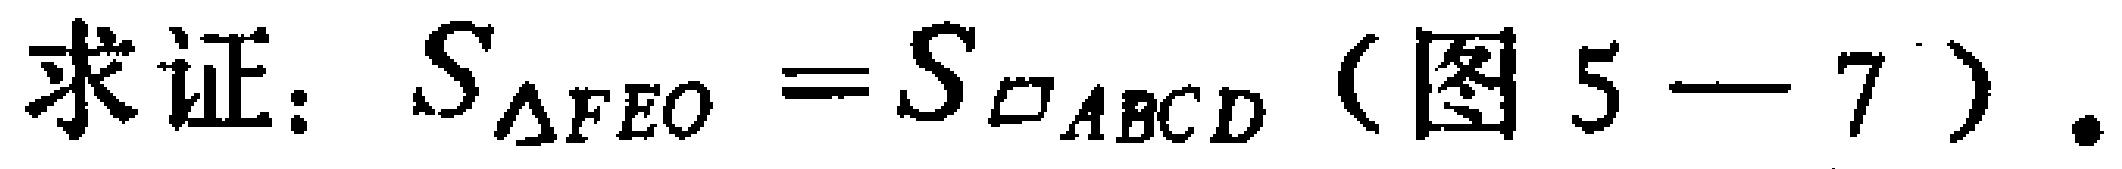
求证：$S_{\triangle FEO}=S_{\square ABCD}$（图5—7）.